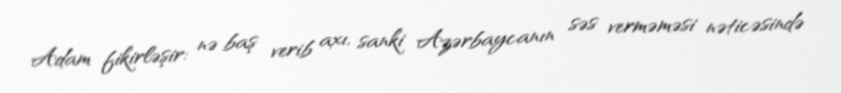
Adam fikirləşir: nə baş verib axı, sanki Azərbaycanın səs verməməsi nəticəsində